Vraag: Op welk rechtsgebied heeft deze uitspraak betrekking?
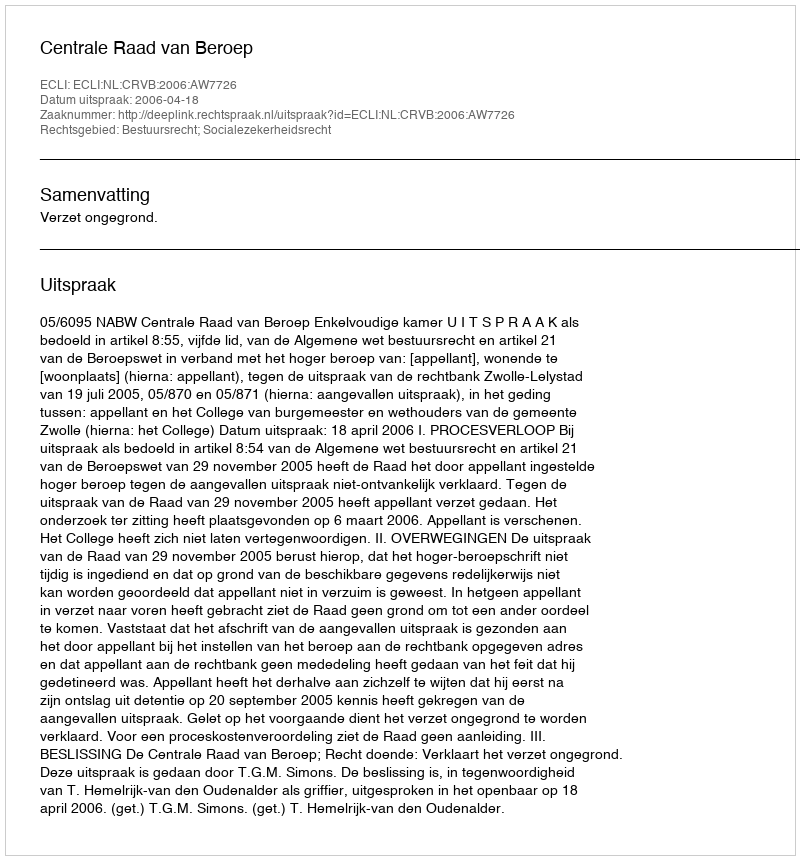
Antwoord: Bestuursrecht; Socialezekerheidsrecht